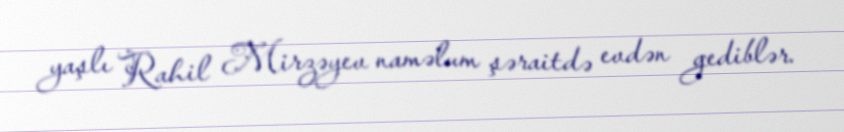
yaşlı Rahil Mirzəyev naməlum şəraitdə evdən gediblər.